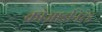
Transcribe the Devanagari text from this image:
कोआर्डीनेटेड